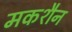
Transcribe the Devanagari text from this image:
मकशैन